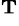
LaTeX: ^\mathbf{T}